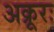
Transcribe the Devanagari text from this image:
अक्रूरः